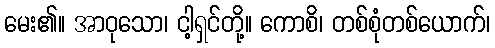
မေး၏။ အာဝုသော၊ ငါ့ရှင်တို့။ ကောစိ၊ တစ်စုံတစ်ယောက်၊